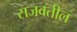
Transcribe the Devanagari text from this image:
सजवतील